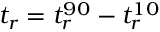
t _ { r } = t _ { r } ^ { 9 0 } - t _ { r } ^ { 1 0 }